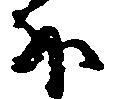
外